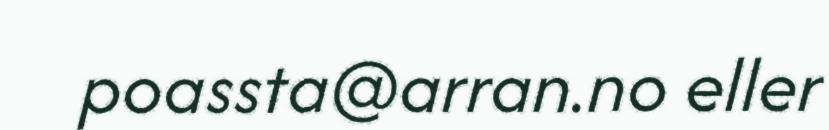
poassta@arran.no eller